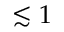
\lesssim 1